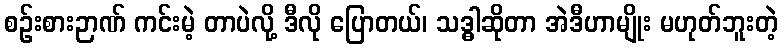
စဉ်းစားဉာဏ် ကင်းမဲ့ တာပဲလို့ ဒီလို ပြောတယ်၊ သဒ္ဓါဆိုတာ အဲဒီဟာမျိုး မဟုတ်ဘူးတဲ့